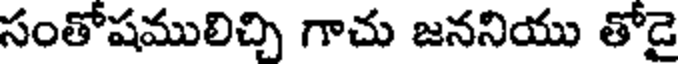
సంతోషములిచ్చి గాచు జననియు తోడై